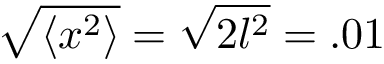
\sqrt { \langle x ^ { 2 } \rangle } = \sqrt { 2 l ^ { 2 } } = . 0 1